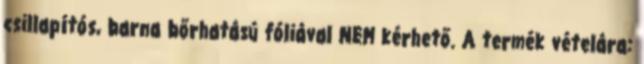
csillapítós, barna bőrhatású fóliával NEM kérhető. A termék vételára: